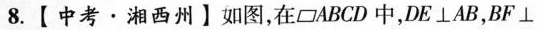
8.【中考 · 湘西州】如图，在▱ABCD 中，DE \bot AB，BF \bot